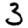
Digit: 3